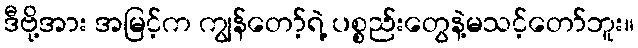
ဒီဗို့အား အမြင့်က ကျွန်တော့်ရဲ့ ပစ္စည်းတွေနဲ့မသင့်တော်ဘူး။